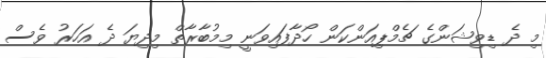
މި ދެ ޑިވިޝަންގެ ޗެމްޕިއަންކަން ހޯދާފައިވަނީ މިމުބާރާތް މިދިޔަ ދެ އަހަރު ވެސް